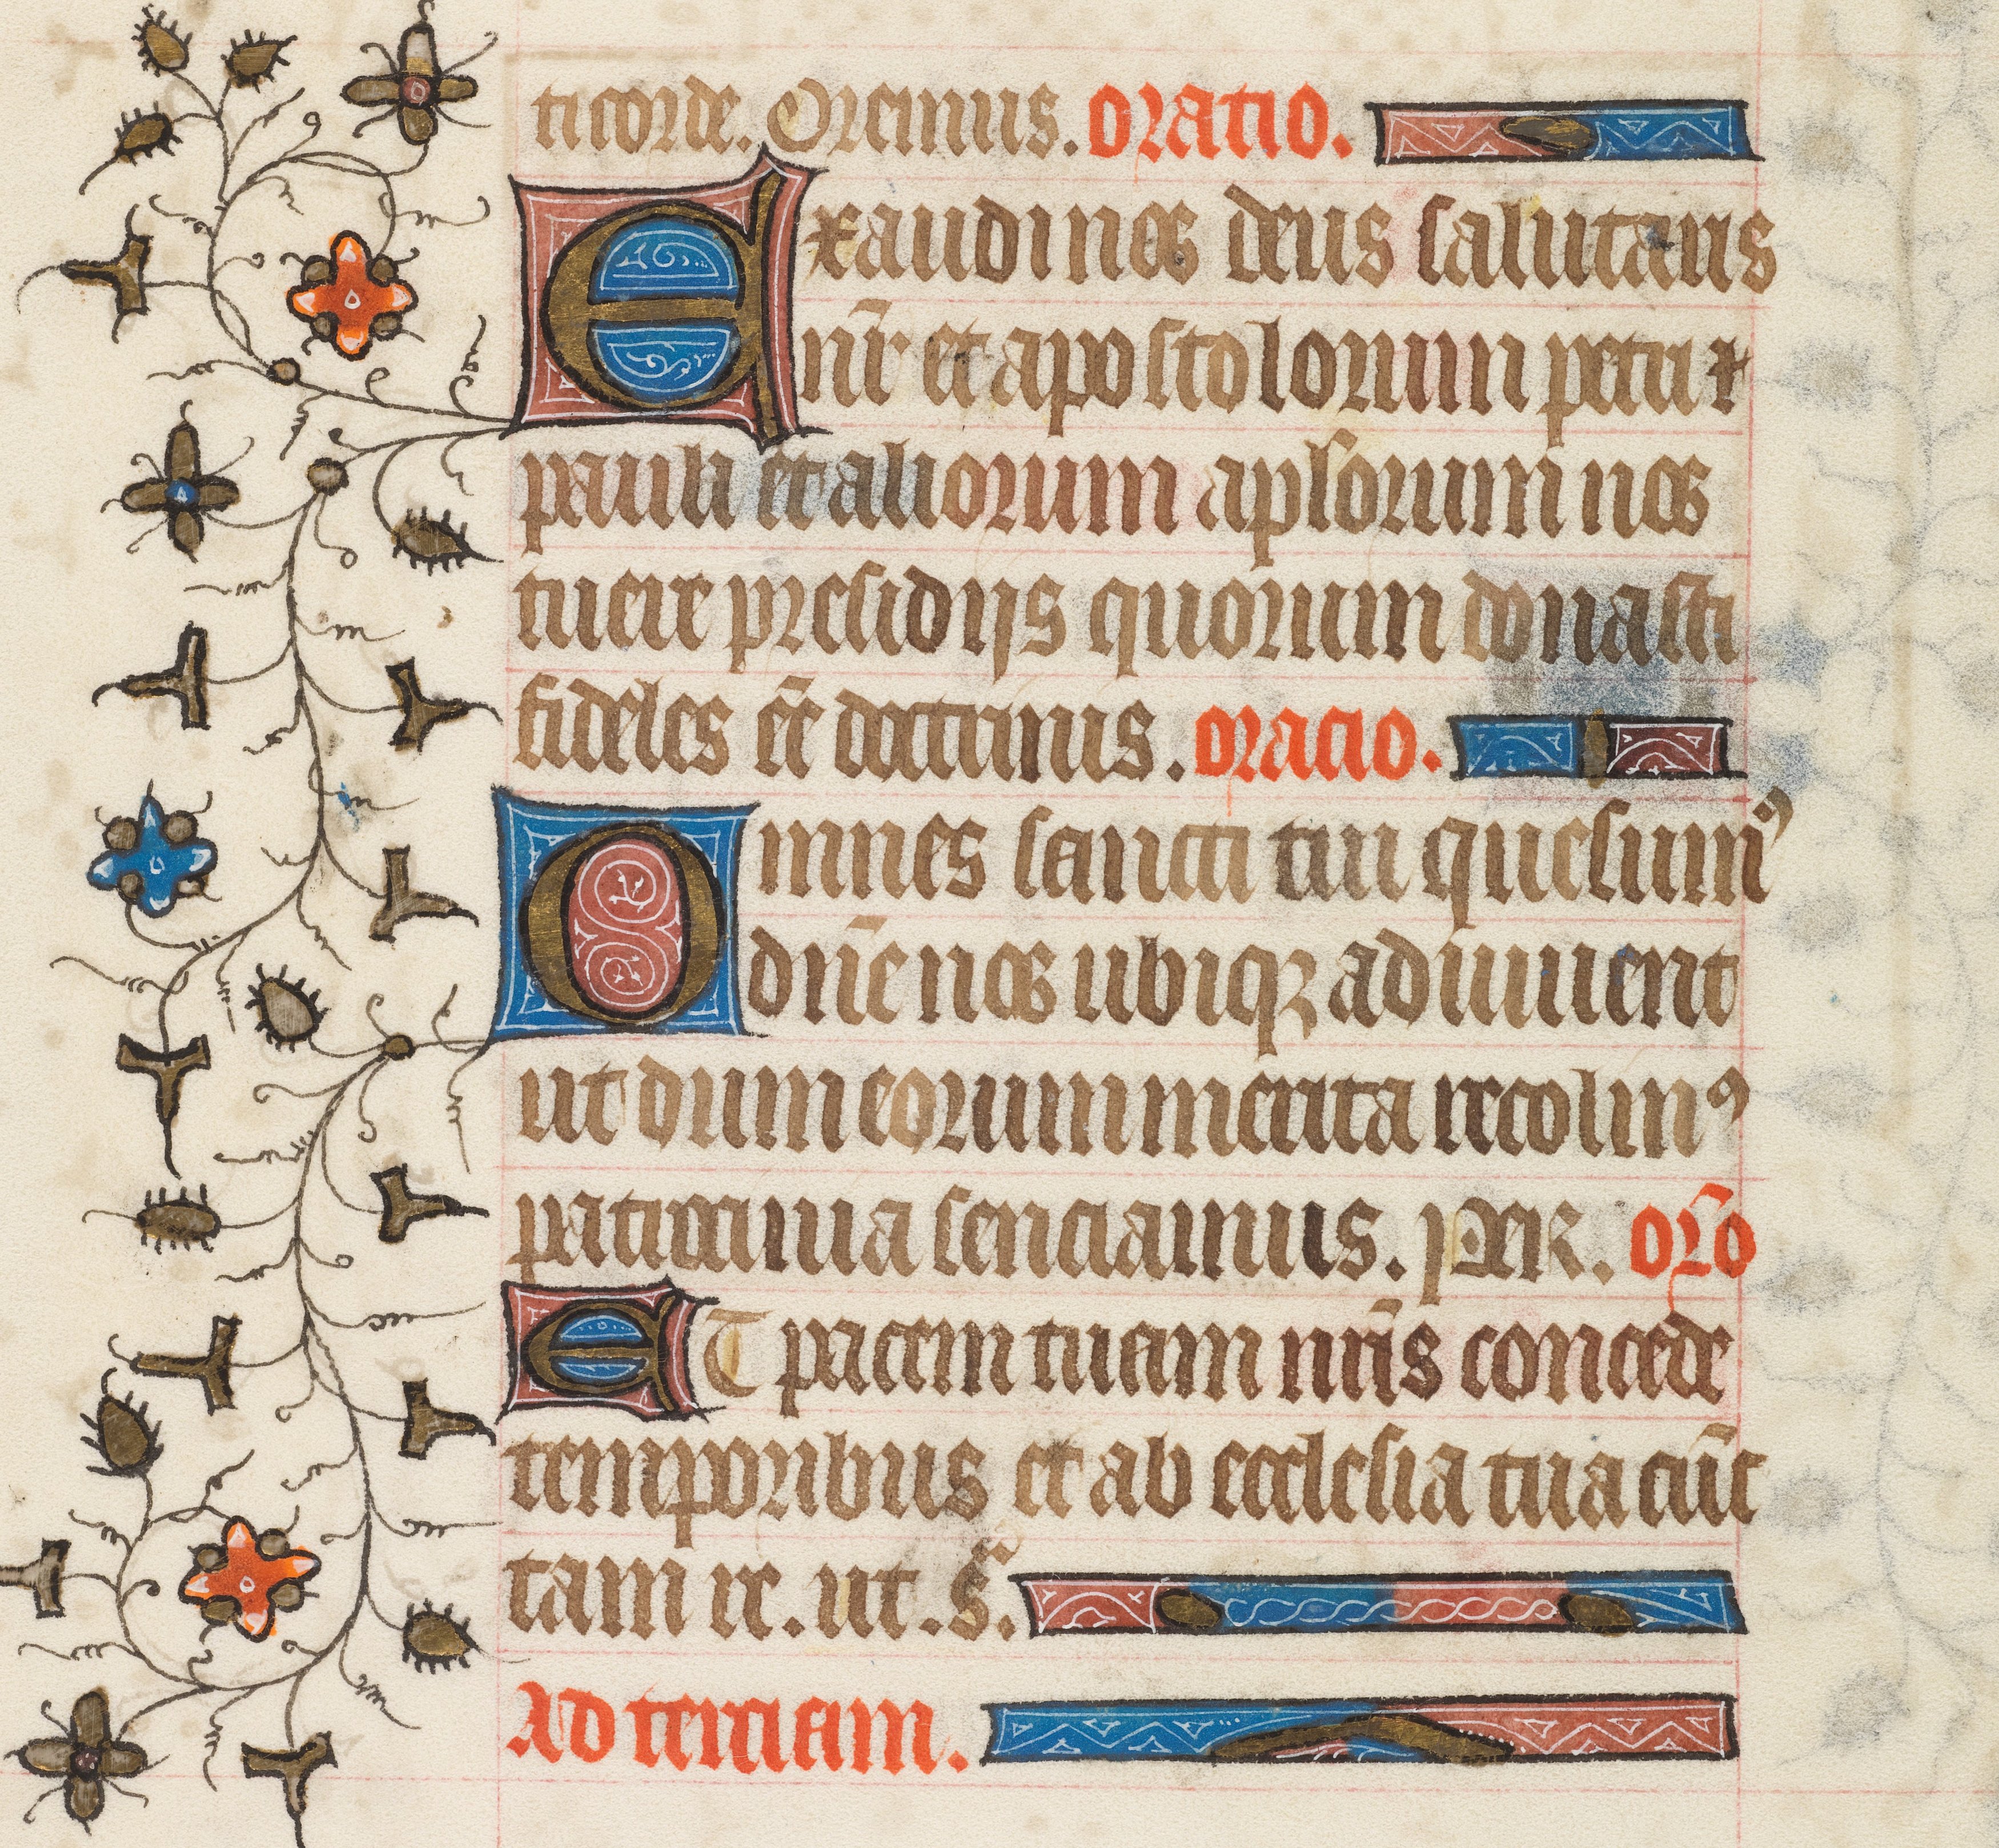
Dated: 1408–1410